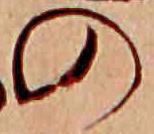
の